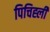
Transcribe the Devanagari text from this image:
पिचिह्ली